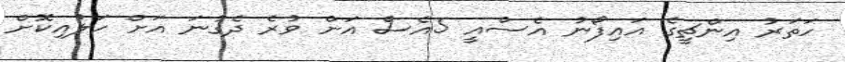
ހަތަރު އިންޗީގެ އައިފޯނު އެސްއީ 5އެސް އަށް ވުރެ ދެގުނަ އަށް ހަލުއިކޮށް